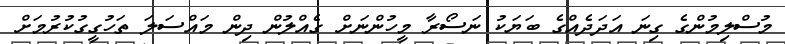
މުސްލިމުންގެ ގިނަ އަދަދެއްގެ ބަޔަކު ނަސޯރާ މީހުންނަށް ގެއްލުން ދިން މައްސަލަ ތަހުގީގުކުރުމަށް